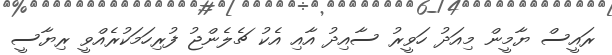
ރައީސް ޔާމީން މިއަދު ހަވީރު ސާއިދު އާއި އެކު ޗެލެންޖު ފުރިހަމަކުރެއްވީ ރިޔާސީ